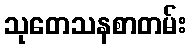
သုတေသနစာတမ်း